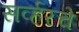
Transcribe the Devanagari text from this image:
सर्व्हरचे